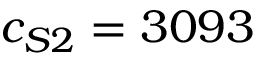
c _ { S 2 } = 3 0 9 3